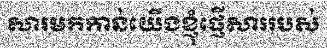
សារមកកាន់យើងខ្ញុំផ្ញើសាររបស់